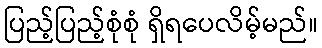
ပြည့်ပြည့်စုံစုံ ရှိရပေလိမ့်မည်။